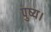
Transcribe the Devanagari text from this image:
पुष्य।